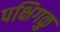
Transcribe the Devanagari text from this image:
पक्षिगळु